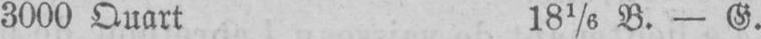
3000 Quart 181/6 B. - G.